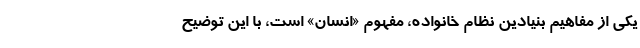
یکی از مفاهیم بنیادین نظام خانواده، مفهوم «انسان» است، با این توضیح